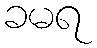
ခမရ